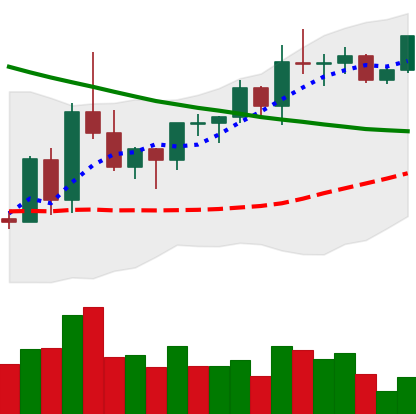
Ticker: XRP-USD
Chart end date: 2022-03-27
Forward return: -3.453%
Label: down_3_5